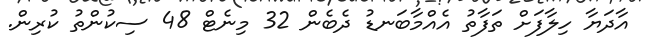
އާދަޔާ ހިލާފަށް ތަފާތު އެއްމާބަނޑު ދެބެން 32 މިނެޓް 48 ސިކުންތު ކުރިން.